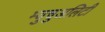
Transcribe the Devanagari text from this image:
म्युचुअलिटी